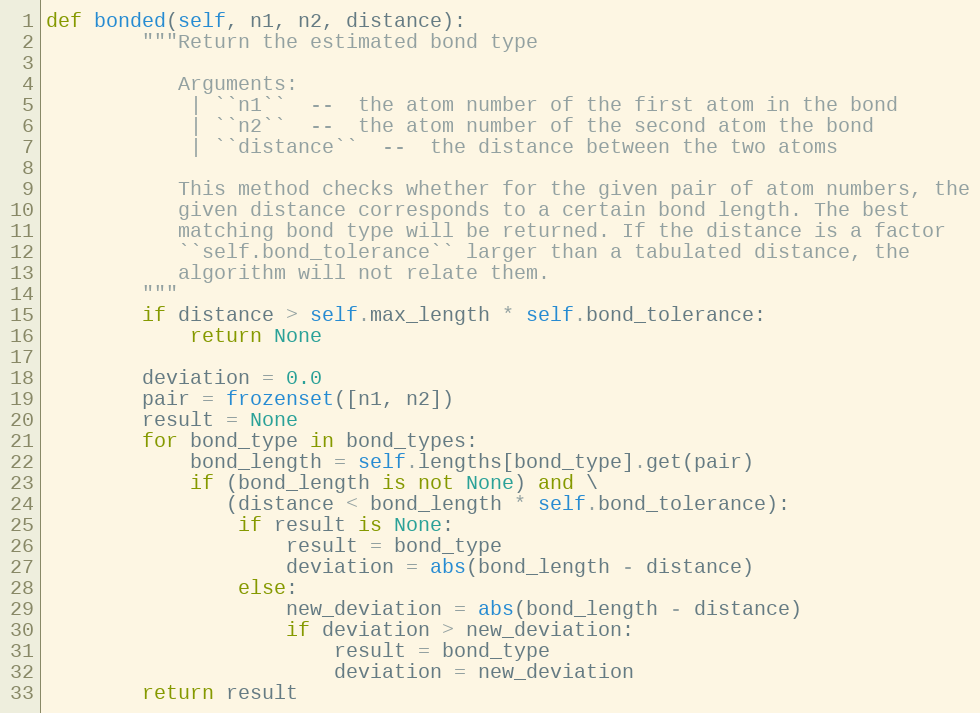
Language: Python
def bonded(self, n1, n2, distance):
        """Return the estimated bond type

           Arguments:
            | ``n1``  --  the atom number of the first atom in the bond
            | ``n2``  --  the atom number of the second atom the bond
            | ``distance``  --  the distance between the two atoms

           This method checks whether for the given pair of atom numbers, the
           given distance corresponds to a certain bond length. The best
           matching bond type will be returned. If the distance is a factor
           ``self.bond_tolerance`` larger than a tabulated distance, the
           algorithm will not relate them.
        """
        if distance > self.max_length * self.bond_tolerance:
            return None

        deviation = 0.0
        pair = frozenset([n1, n2])
        result = None
        for bond_type in bond_types:
            bond_length = self.lengths[bond_type].get(pair)
            if (bond_length is not None) and \
               (distance < bond_length * self.bond_tolerance):
                if result is None:
                    result = bond_type
                    deviation = abs(bond_length - distance)
                else:
                    new_deviation = abs(bond_length - distance)
                    if deviation > new_deviation:
                        result = bond_type
                        deviation = new_deviation
        return result